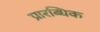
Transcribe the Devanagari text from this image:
प्रारब्धिक